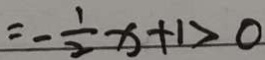
= - \frac { 1 } { 2 } x + 1 > 0